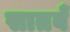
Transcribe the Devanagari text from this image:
सातवँ